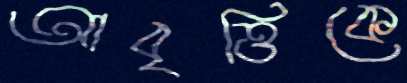
আবৃত্তিকে